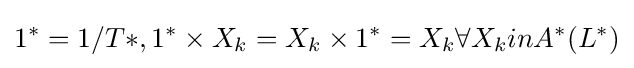
1^{*}=1/T*,1^{*}\times X_{k}=X_{k}\times 1^{*}=X_{k}\forall X_{k}inA^{*}(L^{*})